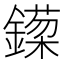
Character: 𬬈